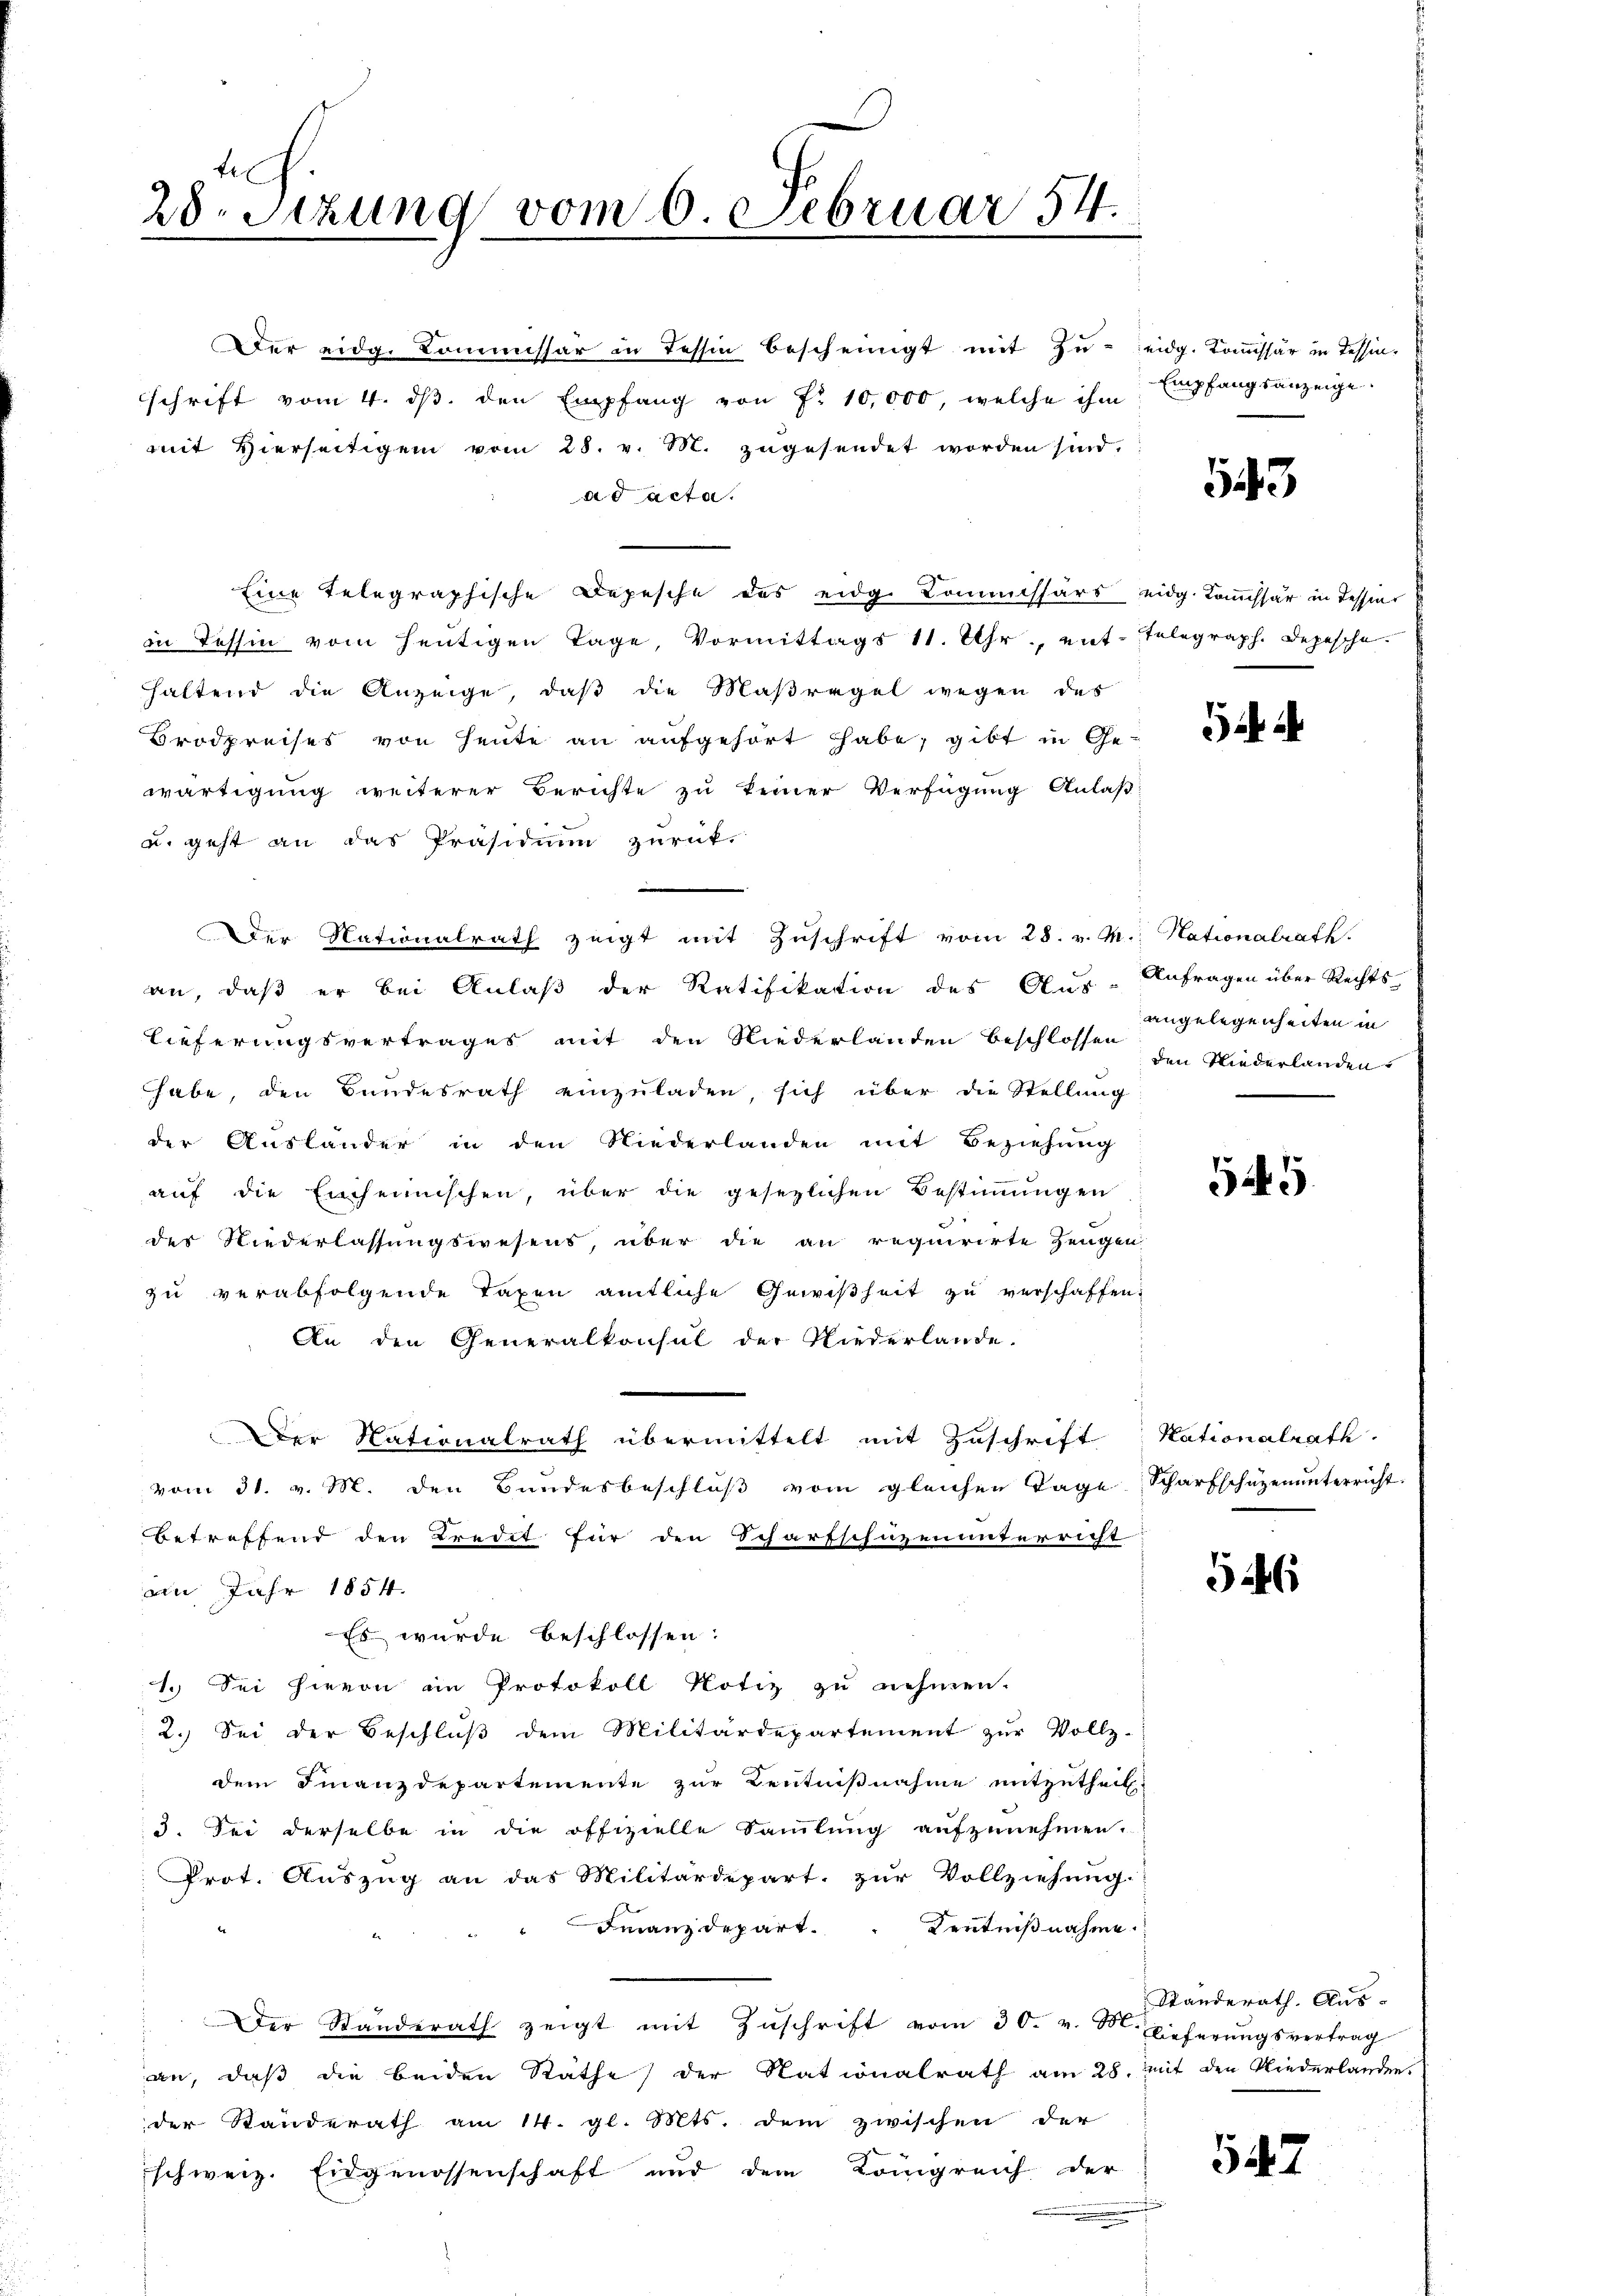
28. Sizung vom 6. Februar 54.

Der eidg. Commissär in Tessin bescheinigt mit Zŭ- eidg. Koṁissär in Tessin-
schrift vom 4. ds. den Empfang von Fr. 10,000, welche ihm
mit Hierseitigen vom 28. v. M. zugesendet worden sind.
ad acta.
Eine telegraphische Depesche des eidg. Kommissärs eidg. Kommissär in Tessin
in Tessin vom heutigen Tage, Vormittags 11. Uhr, ent-Telegraph. Depesche
haltend die Anzeige, daß die Maßregel wegen des
Brodpreises von Heute an aufgehört habe, gibt in Gewärtigung weiterer Berichte zu keiner Verfügung Anlaß
u. geht an das Präsidium zurück-
Der Nationalrath zeigt mit Zŭschrift vom 28. v. M., Nationalrath.
an, daß er bei Anlaß der Ratifikation des Aus- Anfragen über Rechts-
lieferungsvertrages mit den Niederlanden beschlossen den Niederlanden
habe, den Bundesrath einzuladen, sich über die Stellung
der Auslander in den Niederlanden mit Beziehung
auf die Einheimischen, über die gesezlichen Bestimmungen
des Niederlassungswesens, über die an requirirte Zeugen
zŭ verabfolgende Taxen amtliche Gewißheit zŭ verschaffen.
An den Generalkonsul der Niederlande.
Der Nationalrath übermittelt mit Zuschrift Kationalrath.
vom 31. v. M. den Bundesbeschluß vom gleichen Tage Scharfschüzenunterricht.
betreffend den Kredit für den Scharfschüzenunterricht
an Jahr 1854.
Es wurde beschlossen:
1. Sei hievon im Protokoll Notiz zu nehmen.
2.) Sei der Beschluß dem Militärdepartement zur Vollz-
dem Finanzdepartemente zur Kenntnißnahme mitzutheil.
3. Sei derselbe in die offizielle Sammlung aufzunehmen.
Prot. Auszug an das Militärdepart zur Vollziehung.
Franzdepart. Kentnißnahme
Der Standerath zeigt mit Zŭschrift vom 30. v. M. Lieferungsvertrag
an, daß die beiden Räthe der Nationalrath am 28. Mit den Niederlanden.
der Standerath am 14. gl. Mts. dem zwischen der
schweiz. Eidgenossenschaft und dem Königreich der

Empfangsanzeige

1

54

angelegenheiten in

545

546

Ständerath Aus-

542